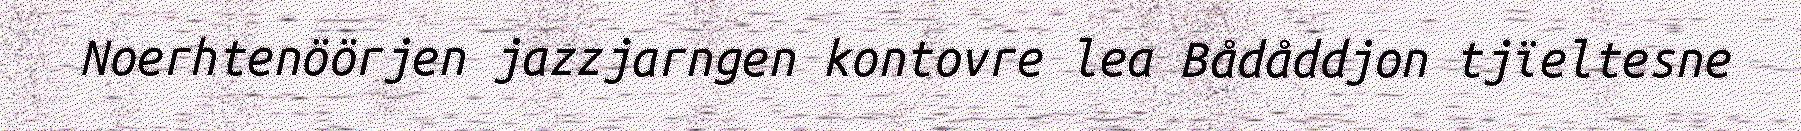
Noerhtenöörjen jazzjarngen kontovre lea Bådåddjon tjïeltesne